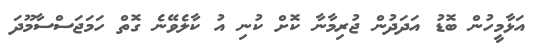
އަޅާމީހުން ބޮޑު އަދަދުން ޖުރިމާނާ ކޮށް ކުނި އު ކާލެވޭނެ ގޮތް ހަމަޖަސްސާމޫދަ